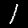
Label: 1